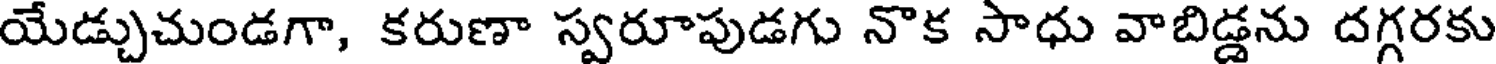
యేడ్చుచుండగా, కరుణా స్వరూపుడగు నొక సాధు వాబిడ్డను దగ్గరకు